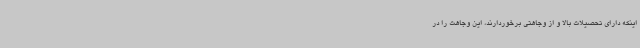
اینکه دارای تحصیلات بالا و از وجاهتی برخوردارند، این وجاهت را در